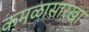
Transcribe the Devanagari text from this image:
कमळासारखा